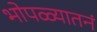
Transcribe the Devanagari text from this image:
भोपळ्यातनं